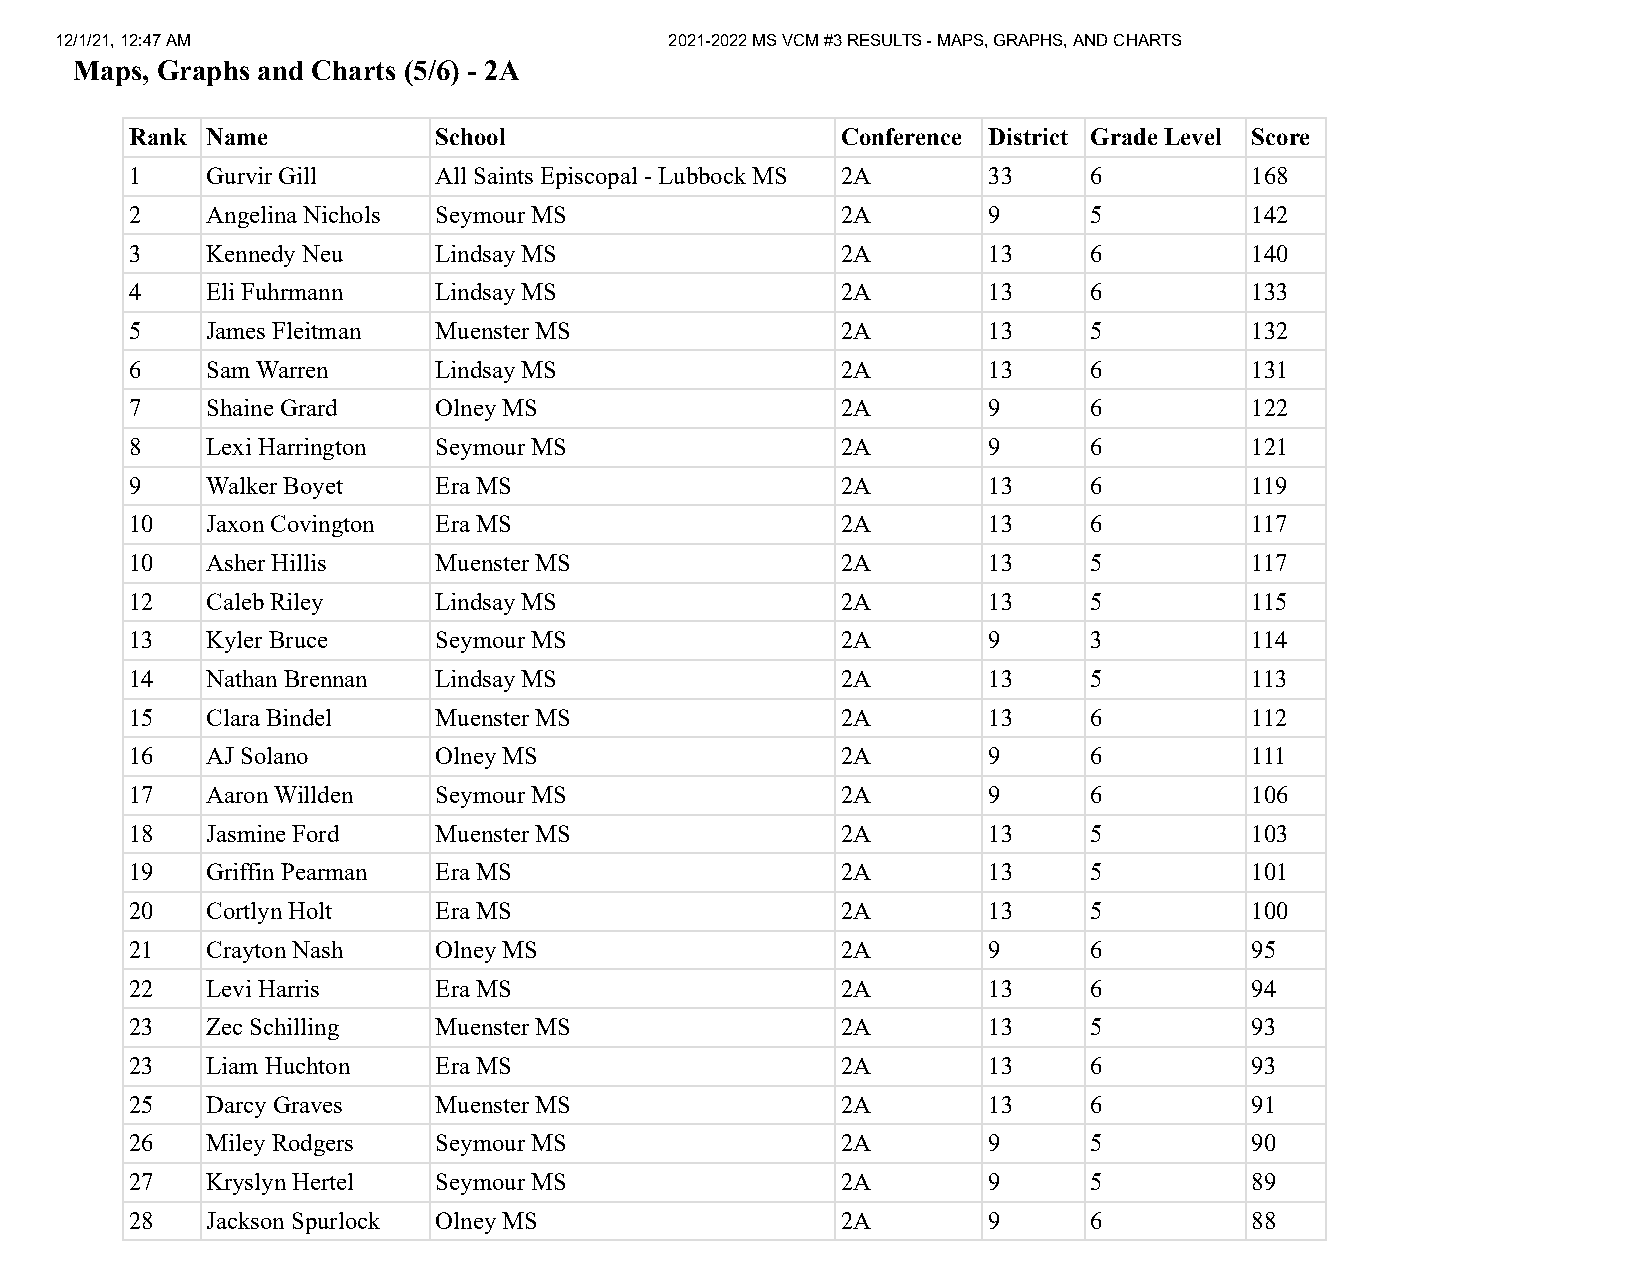
12/1/21, 12:47 AM                       2021-2022 MS VCM #3 RESULTS - MAPS, GRAPHS, AND CHARTS
 Maps, Graphs and Charts (5/6) - 2A
 Rank Name           School                     Conference District Grade Level Score
 1    Gurvir Gill    All Saints Episcopal - Lubbock MS 2A 33    6          168
 2    Angelina Nichols Seymour MS               2A       9      5          142
 3    Kennedy Neu    Lindsay MS                 2A       13     6          140
 4    Eli Fuhrmann   Lindsay MS                 2A       13     6          133
 5    James Fleitman Muenster MS                2A       13     5          132
 6    Sam Warren     Lindsay MS                 2A       13     6          131
 7    Shaine Grard   Olney MS                   2A       9      6          122
 8    Lexi Harrington Seymour MS                2A       9      6          121
 9    Walker Boyet   Era MS                     2A       13     6          119
 10   Jaxon Covington Era MS                    2A       13     6          117
 10   Asher Hillis   Muenster MS                2A       13     5          117
 12   Caleb Riley    Lindsay MS                 2A       13     5          115
 13   Kyler Bruce    Seymour MS                 2A       9      3          114
 14   Nathan Brennan Lindsay MS                 2A       13     5          113
 15   Clara Bindel   Muenster MS                2A       13     6          112
 16   AJ Solano      Olney MS                   2A       9      6          111
 17   Aaron Willden  Seymour MS                 2A       9      6          106
 18   Jasmine Ford   Muenster MS                2A       13     5          103
 19   Griffin Pearman Era MS                    2A       13     5          101
 20   Cortlyn Holt   Era MS                     2A       13     5          100
 21   Crayton Nash   Olney MS                   2A       9      6          95
 22   Levi Harris    Era MS                     2A       13     6          94
 23   Zec Schilling  Muenster MS                2A       13     5          93
 23   Liam Huchton   Era MS                     2A       13     6          93
 25   Darcy Graves   Muenster MS                2A       13     6          91
 26   Miley Rodgers  Seymour MS                 2A       9      5          90
 27   Kryslyn Hertel Seymour MS                 2A       9      5          89
 28   Jackson Spurlock Olney MS                 2A       9      6          88